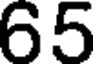
65